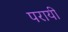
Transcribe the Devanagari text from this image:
परायी